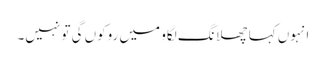
انہوں کہا چھلانگ لگاو میں روکوں گی تو نہیں۔